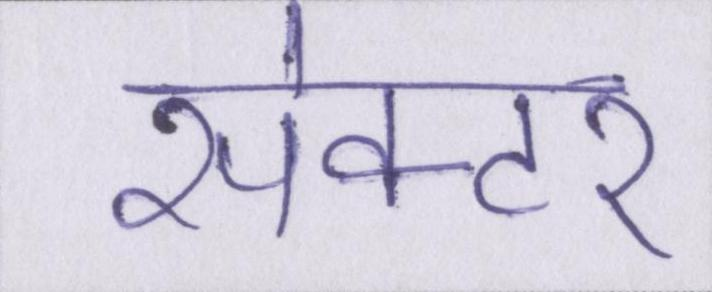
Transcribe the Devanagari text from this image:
सेक्टर